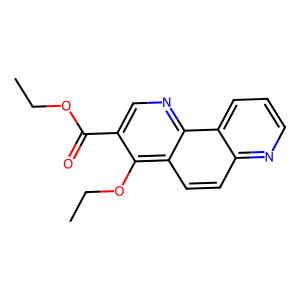
SMILES: CCOC(=O)c1cnc2c(ccc3ncccc32)c1OCC
Inhibits HIV replication: No